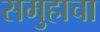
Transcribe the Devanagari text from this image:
समुहाचा